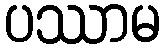
ပဿာမ